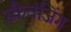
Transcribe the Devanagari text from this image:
स्कैवंजिंग